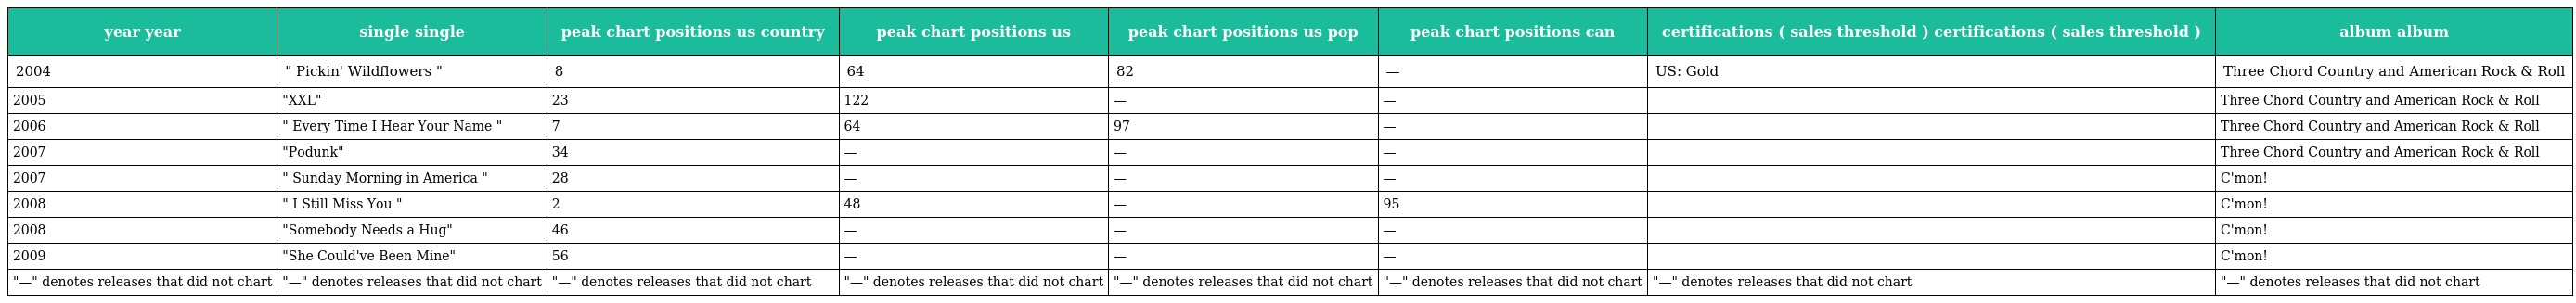
| year year | single single | peak chart positions us country | peak chart positions us | peak chart positions us pop | peak chart positions can | certifications ( sales threshold ) certifications ( sales threshold ) | album album |
 | --- | --- | --- | --- | --- | --- | --- | --- |
 | 2004 | " Pickin' Wildflowers " | 8 | 64 | 82 | — | US: Gold | Three Chord Country and American Rock & Roll |
 | 2005 | "XXL" | 23 | 122 | — | — |  | Three Chord Country and American Rock & Roll |
 | 2006 | " Every Time I Hear Your Name " | 7 | 64 | 97 | — |  | Three Chord Country and American Rock & Roll |
 | 2007 | "Podunk" | 34 | — | — | — |  | Three Chord Country and American Rock & Roll |
 | 2007 | " Sunday Morning in America " | 28 | — | — | — |  | C'mon! |
 | 2008 | " I Still Miss You " | 2 | 48 | — | 95 |  | C'mon! |
 | 2008 | "Somebody Needs a Hug" | 46 | — | — | — |  | C'mon! |
 | 2009 | "She Could've Been Mine" | 56 | — | — | — |  | C'mon! |
 | "—" denotes releases that did not chart | "—" denotes releases that did not chart | "—" denotes releases that did not chart | "—" denotes releases that did not chart | "—" denotes releases that did not chart | "—" denotes releases that did not chart | "—" denotes releases that did not chart | "—" denotes releases that did not chart |